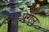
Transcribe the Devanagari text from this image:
प्रेगेल